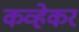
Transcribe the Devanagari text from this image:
कव्हेकर